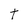
Character: t